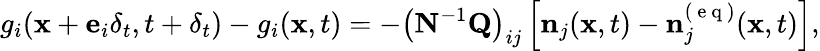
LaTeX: g_{i}(\mathbf{x}+\mathbf{e}_{i}\delta_{t},t+\delta_{t})-g_{i}(\mathbf{x},t)=-\left(\mathbf{N}^{-1}\mathbf{Q}\right)_{ij}\left[\mathbf{n}_{j}(\mathbf{x},t)-\mathbf{n}_{j}^{(\mathrm{~e~q~})}(\mathbf{x},t)\right],